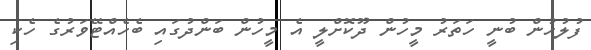
ފުލުހުން ބުނީ ހަތަރު މީހުން ދޫކޮށްލީ އެ މީހުން ބަންދުގައި ބެހެއްޓޭވަރުގެ ހެކި